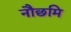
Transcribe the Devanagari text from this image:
नौछमि